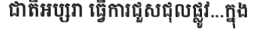
ជាតិអប្សរា ធ្វើការជួសជុលផ្លូវ...ក្នុង